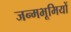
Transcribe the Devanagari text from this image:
जन्मभूमियों